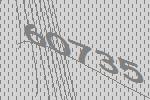
60735